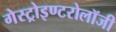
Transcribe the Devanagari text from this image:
गेस्ट्रोइण्टरोलॉजी